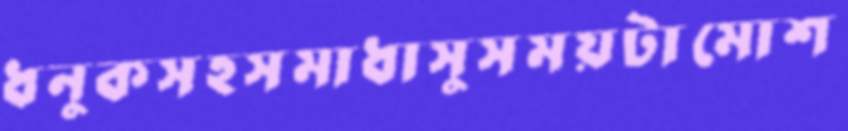
ধনুকসহসমাধাসুসময়টামোশ